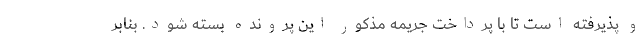
و پذیرفته است تا با پرداخت جریمه مذکور این پرونده بسته شود. بنابر